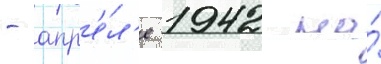
- апр'е́л'е 1942 на́